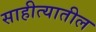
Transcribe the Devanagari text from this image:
साहीत्यातील